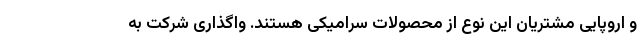
و اروپایی مشتریان این نوع از محصولات سرامیکی هستند. واگذاری شرکت به